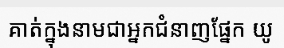
គាត់ក្នុងនាមជាអ្នកជំនាញផ្នែក យូ